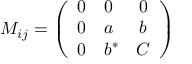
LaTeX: M _ { i j } = \left( \begin{array} { c l c } { { 0 } } & { { 0 } } & { { 0 } } \\ { { 0 } } & { { a } } & { { b } } \\ { { 0 } } & { { b ^ { * } } } & { { C } } \end{array} \right)